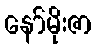
နော်မိုးဇာ